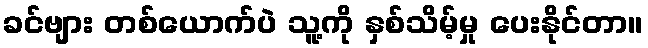
ခင်ဗျား တစ်ယောက်ပဲ သူ့ကို နှစ်သိမ့်မှု ပေးနိုင်တာ။